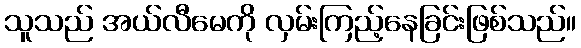
သူသည် အယ်လီမေကို လှမ်းကြည့်နေခြင်းဖြစ်သည်။